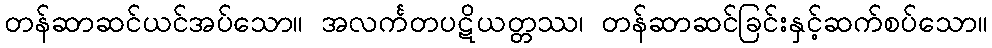
တန်ဆာဆင်ယင်အပ်သော။ အလင်္ကတပဋိယတ္တဿ၊ တန်ဆာဆင်ခြင်းနှင့်ဆက်စပ်သော။